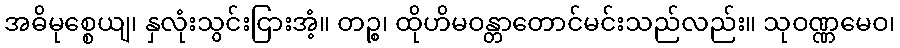
အဓိမုစ္စေယျ၊ နှလုံးသွင်းငြားအံ့။ တဉ္စ၊ ထိုဟိမဝန္တာတောင်မင်းသည်လည်း။ သုဝဏ္ဏမေဝ၊